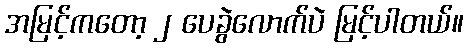
အမြင့်ကတော့ ၂ ပေခွဲလောက်ပဲ မြင့်ပါတယ်။